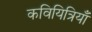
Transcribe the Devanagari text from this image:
कवियित्रियाँ